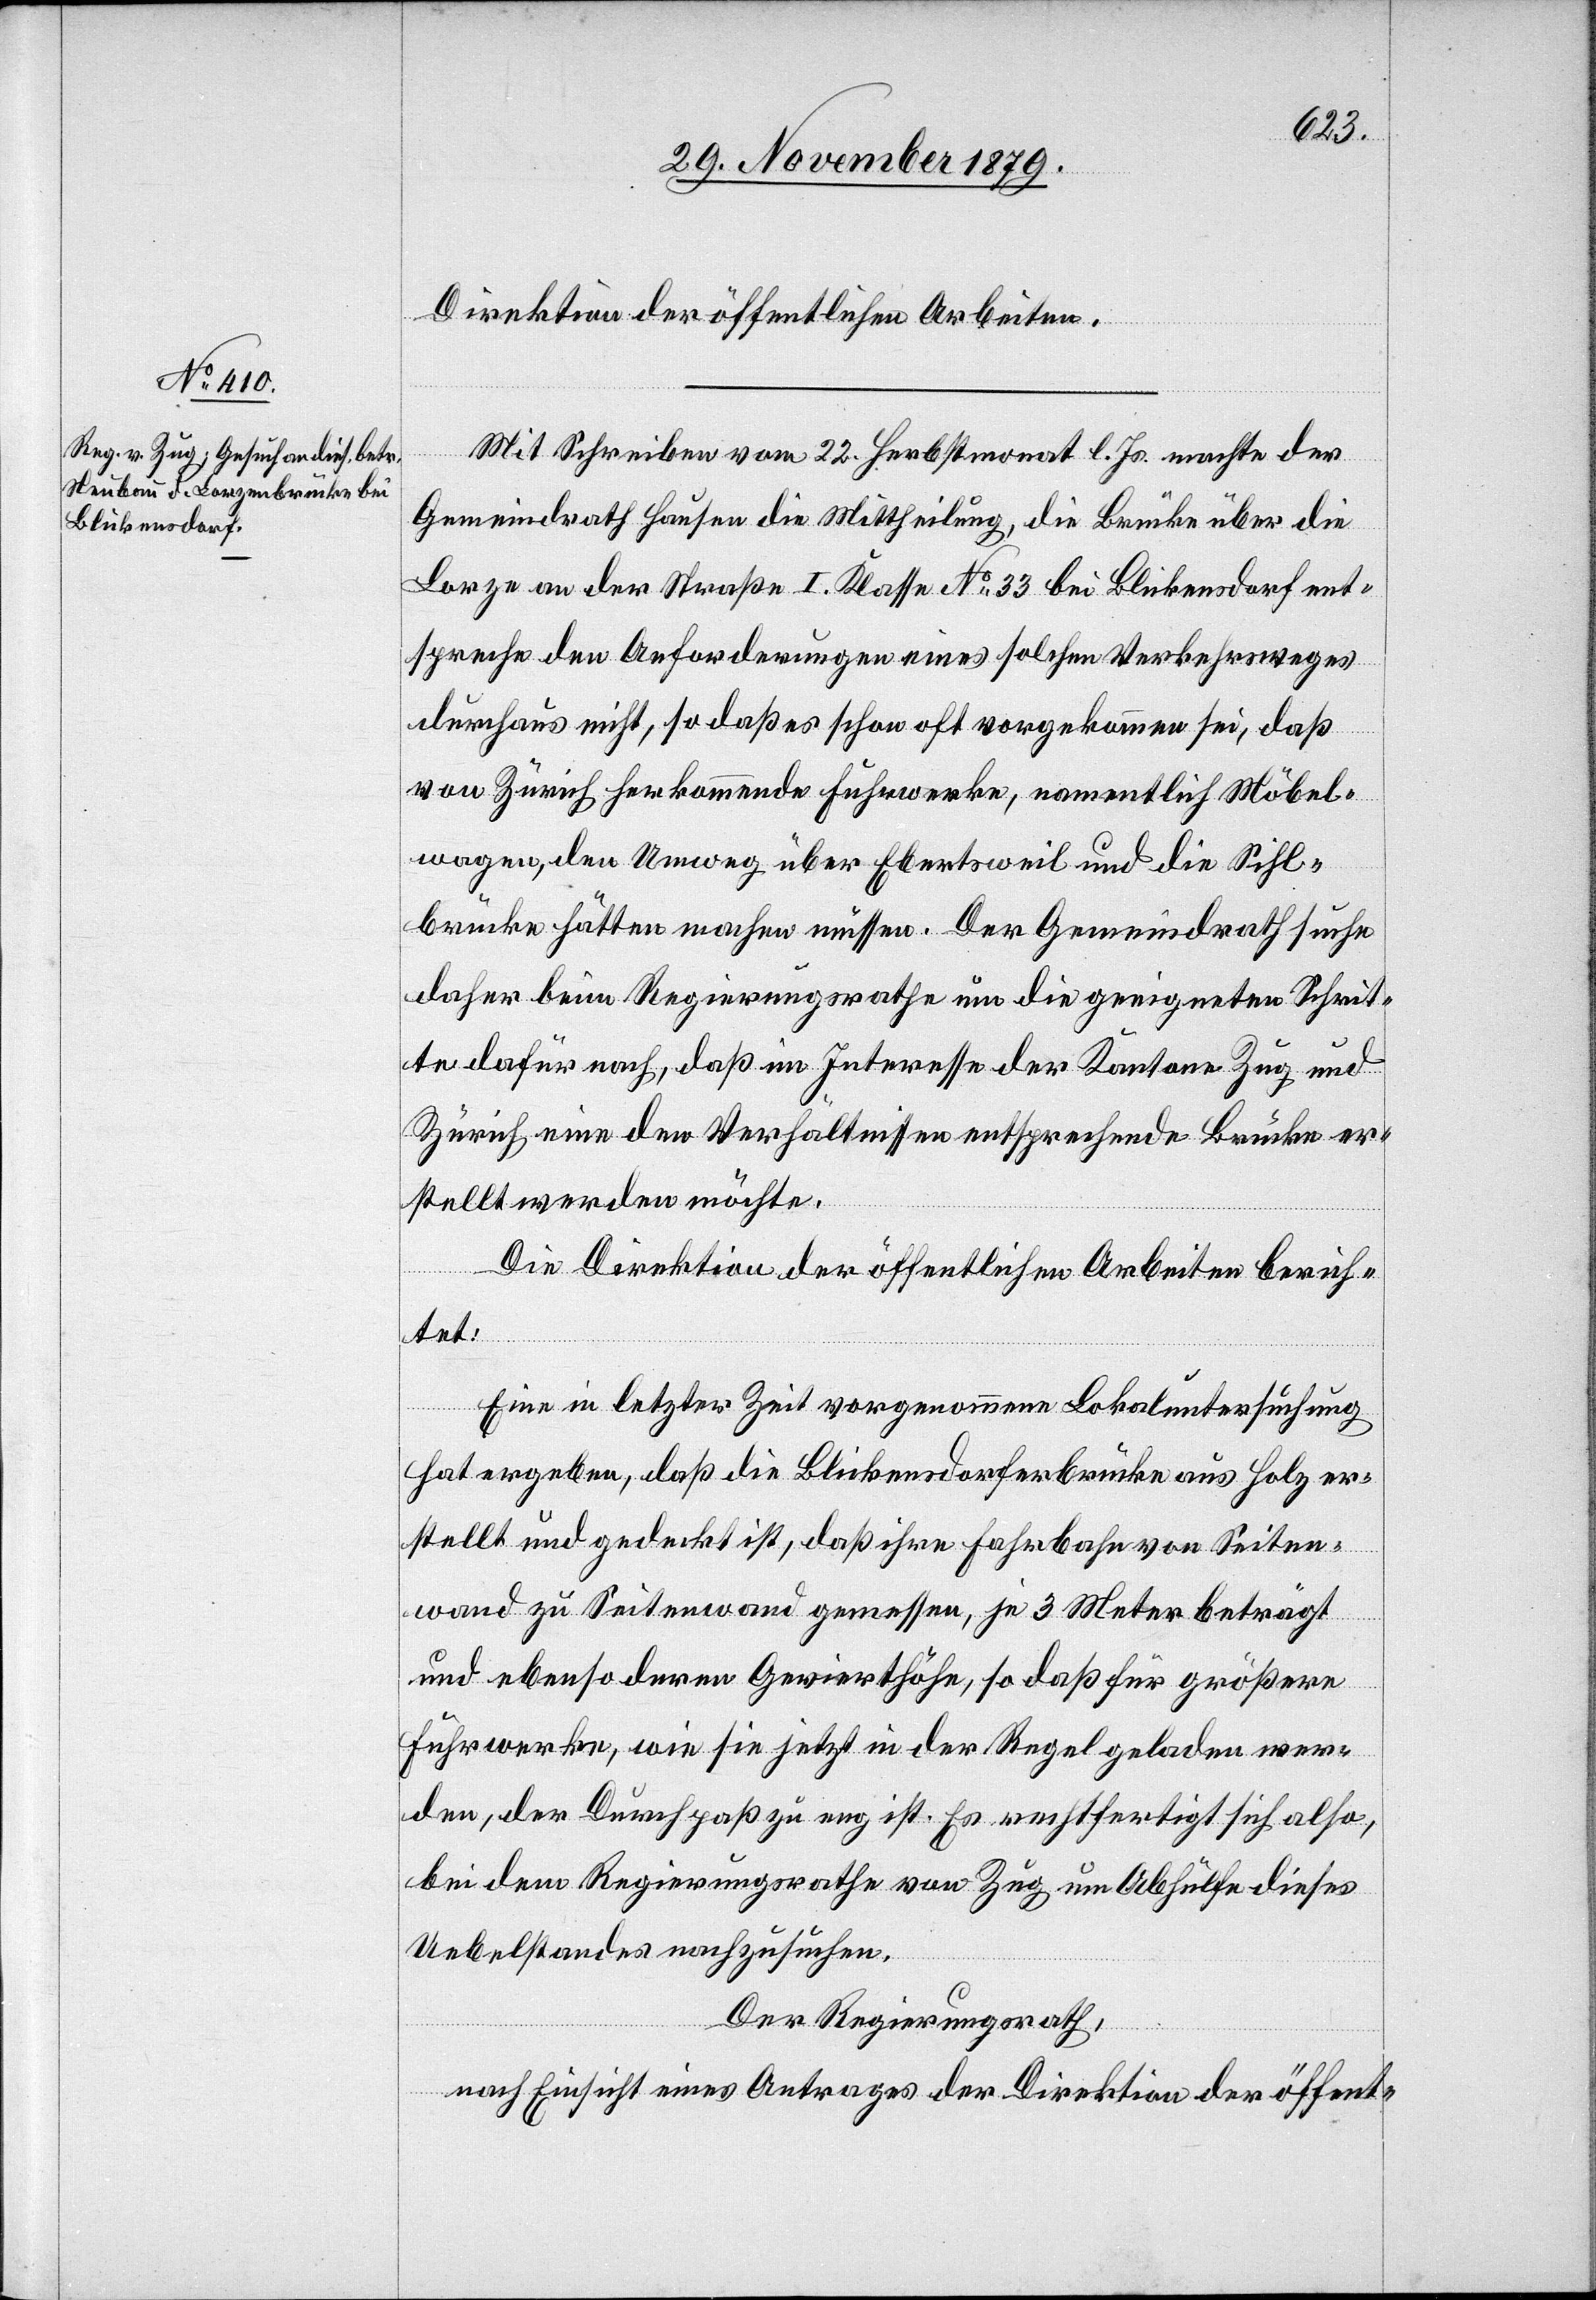
Direktion der öffentlichen Arbeiten.
Mit Schreiben vom 22. Herbstmonat l. Js. machte der
Gemeindrath Hausen die Mittheilung, die Brücke über die
Lorze an der Straße I. Klasse No 33 bei Blickensdorf ent¬
spreche den Anforderungen eines solchen Verkehrsweges
durchaus nicht, so daß es schon oft vorgekommen sei, daß
von Zürich herkommende Fuhrwerke, namentlich Möbel¬
wagen, den Umweg über Ebertsweil und die Sihl¬
brücke hätten machen müssen. Der Gemeindrath suche
daher beim Regierungsrathe um die geeigneten Schrit¬
te dafür nach, daß im Interesse der Kantone Zug und
Zürich eine den Verhältnissen entsprechende Brücke er¬
stellt werden möchte.
Die Direktion der öffentlichen Arbeiten berich¬
tet:
Eine in letzter Zeit vorgenommene Lokaluntersuchung
hat ergeben, daß die Blickensdorferbrücke aus Holz er¬
stellt und gedeckt ist, daß ihre Fahrbahn von Seiten¬
wand zu Seitenwand gemessen, je 3 Meter beträgt
und ebenso deren Gevierthöhe, so daß für größere
Fuhrwerke, wie sie jetzt in der Regel geladen wer¬
den, der Durchpaß zu eng ist. Es rechtfertigt sich also,
bei dem Regierungsrathe von Zug um Abhülfe dieses
Uebelstandes nachzusuchen.
Der Regierungsrath,
nach Einsicht eines Antrages der Direktion der öffent-